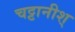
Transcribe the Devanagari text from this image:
चट्टानीश्